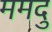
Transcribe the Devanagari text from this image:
ममदु